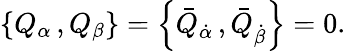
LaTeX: \left\{ Q_{\alpha}\, ,Q_{\beta}\right\} =\left\{ \bar{Q}_{\dot{\alpha}}\, ,\bar{Q}_{\dot{\beta}}\right\} =0.